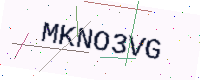
Text: MKNO3VG